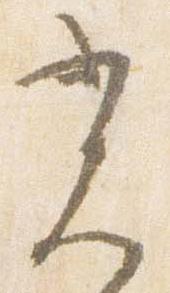
光